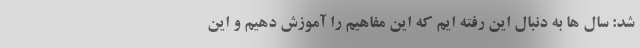
شد: سال ها به دنبال این رفته ایم که این مفاهیم را آموزش دهیم و این